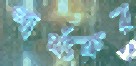
পার্থংকর